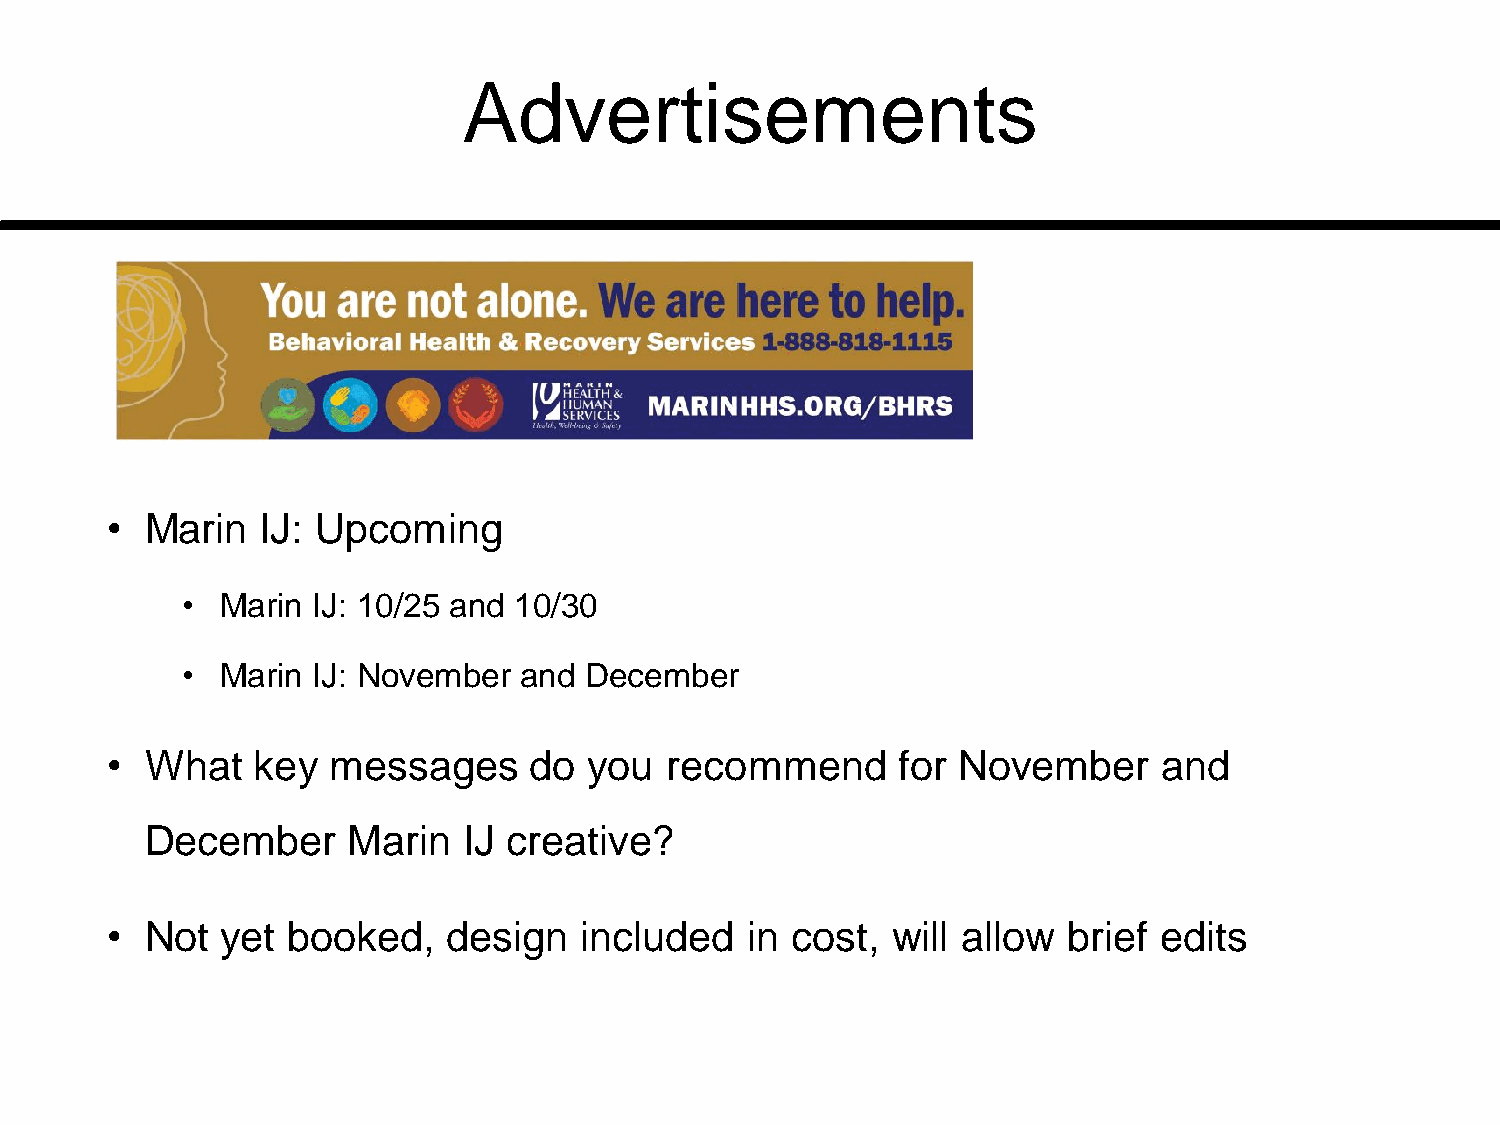
Advertisements
 •  Marin  IJ: Upcoming
 •  Marin IJ: 10/25 and 10/30
 •  Marin IJ: November and  December
 •  What   key  messages     do  you  recommend      for November      and
 December     Marin   IJ creative?
 •  Not  yet booked,    design  included    in cost, will allow  brief edits